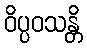
ဝိပ္ပဝသန္တိ